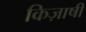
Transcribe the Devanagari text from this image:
किज़ाषी